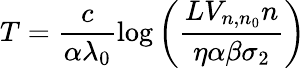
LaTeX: T=\frac{c}{\alpha\lambda_{0}}\log\left(\frac{LV_{n,n_{0}}n}{\eta\alpha\beta\sigma_{2}}\right)